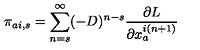
\pi _ { a i , s } = \sum _ { n = s } ^ { \infty } ( - D ) ^ { n - s } \frac { \partial L } { \partial x _ { a } ^ { i ( n + 1 ) } }